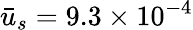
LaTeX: \bar{u}_{s}=9.3\times{10^{-4}}